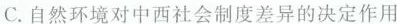
C.自然环境对中西社会制度差异的决定作用